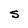
Character: S